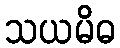
သယမိဓ